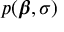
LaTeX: p ( { \boldsymbol { \beta } } , \sigma )